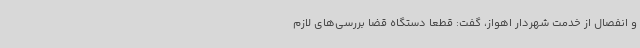
و انفصال از خدمت شهردار اهواز، گفت: قطعا دستگاه قضا بررسی‌های لازم